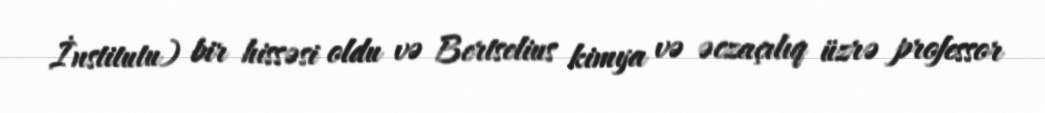
İnstitutu) bir hissəsi oldu və Bertselius kimya və əczaçılıq üzrə professor